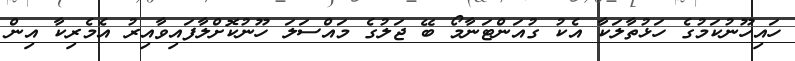
ހައިހޫނުކަމުގެ ހަޅުތާލަކާ އެކު ގުއަންޓަނާމޯ ބޭ ޖަލުގެ މައްސަލަ ހޫނުކޮށްލާފައިވާއިރު އެމެރިކާ އިން